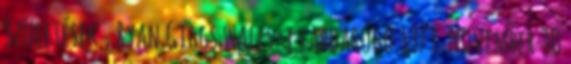
Születések , Ryan Giggs wales-i labdarúgó 1973. November 30